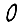
Digit: 0